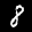
Label: 8